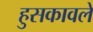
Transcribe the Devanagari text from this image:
हुसकावले